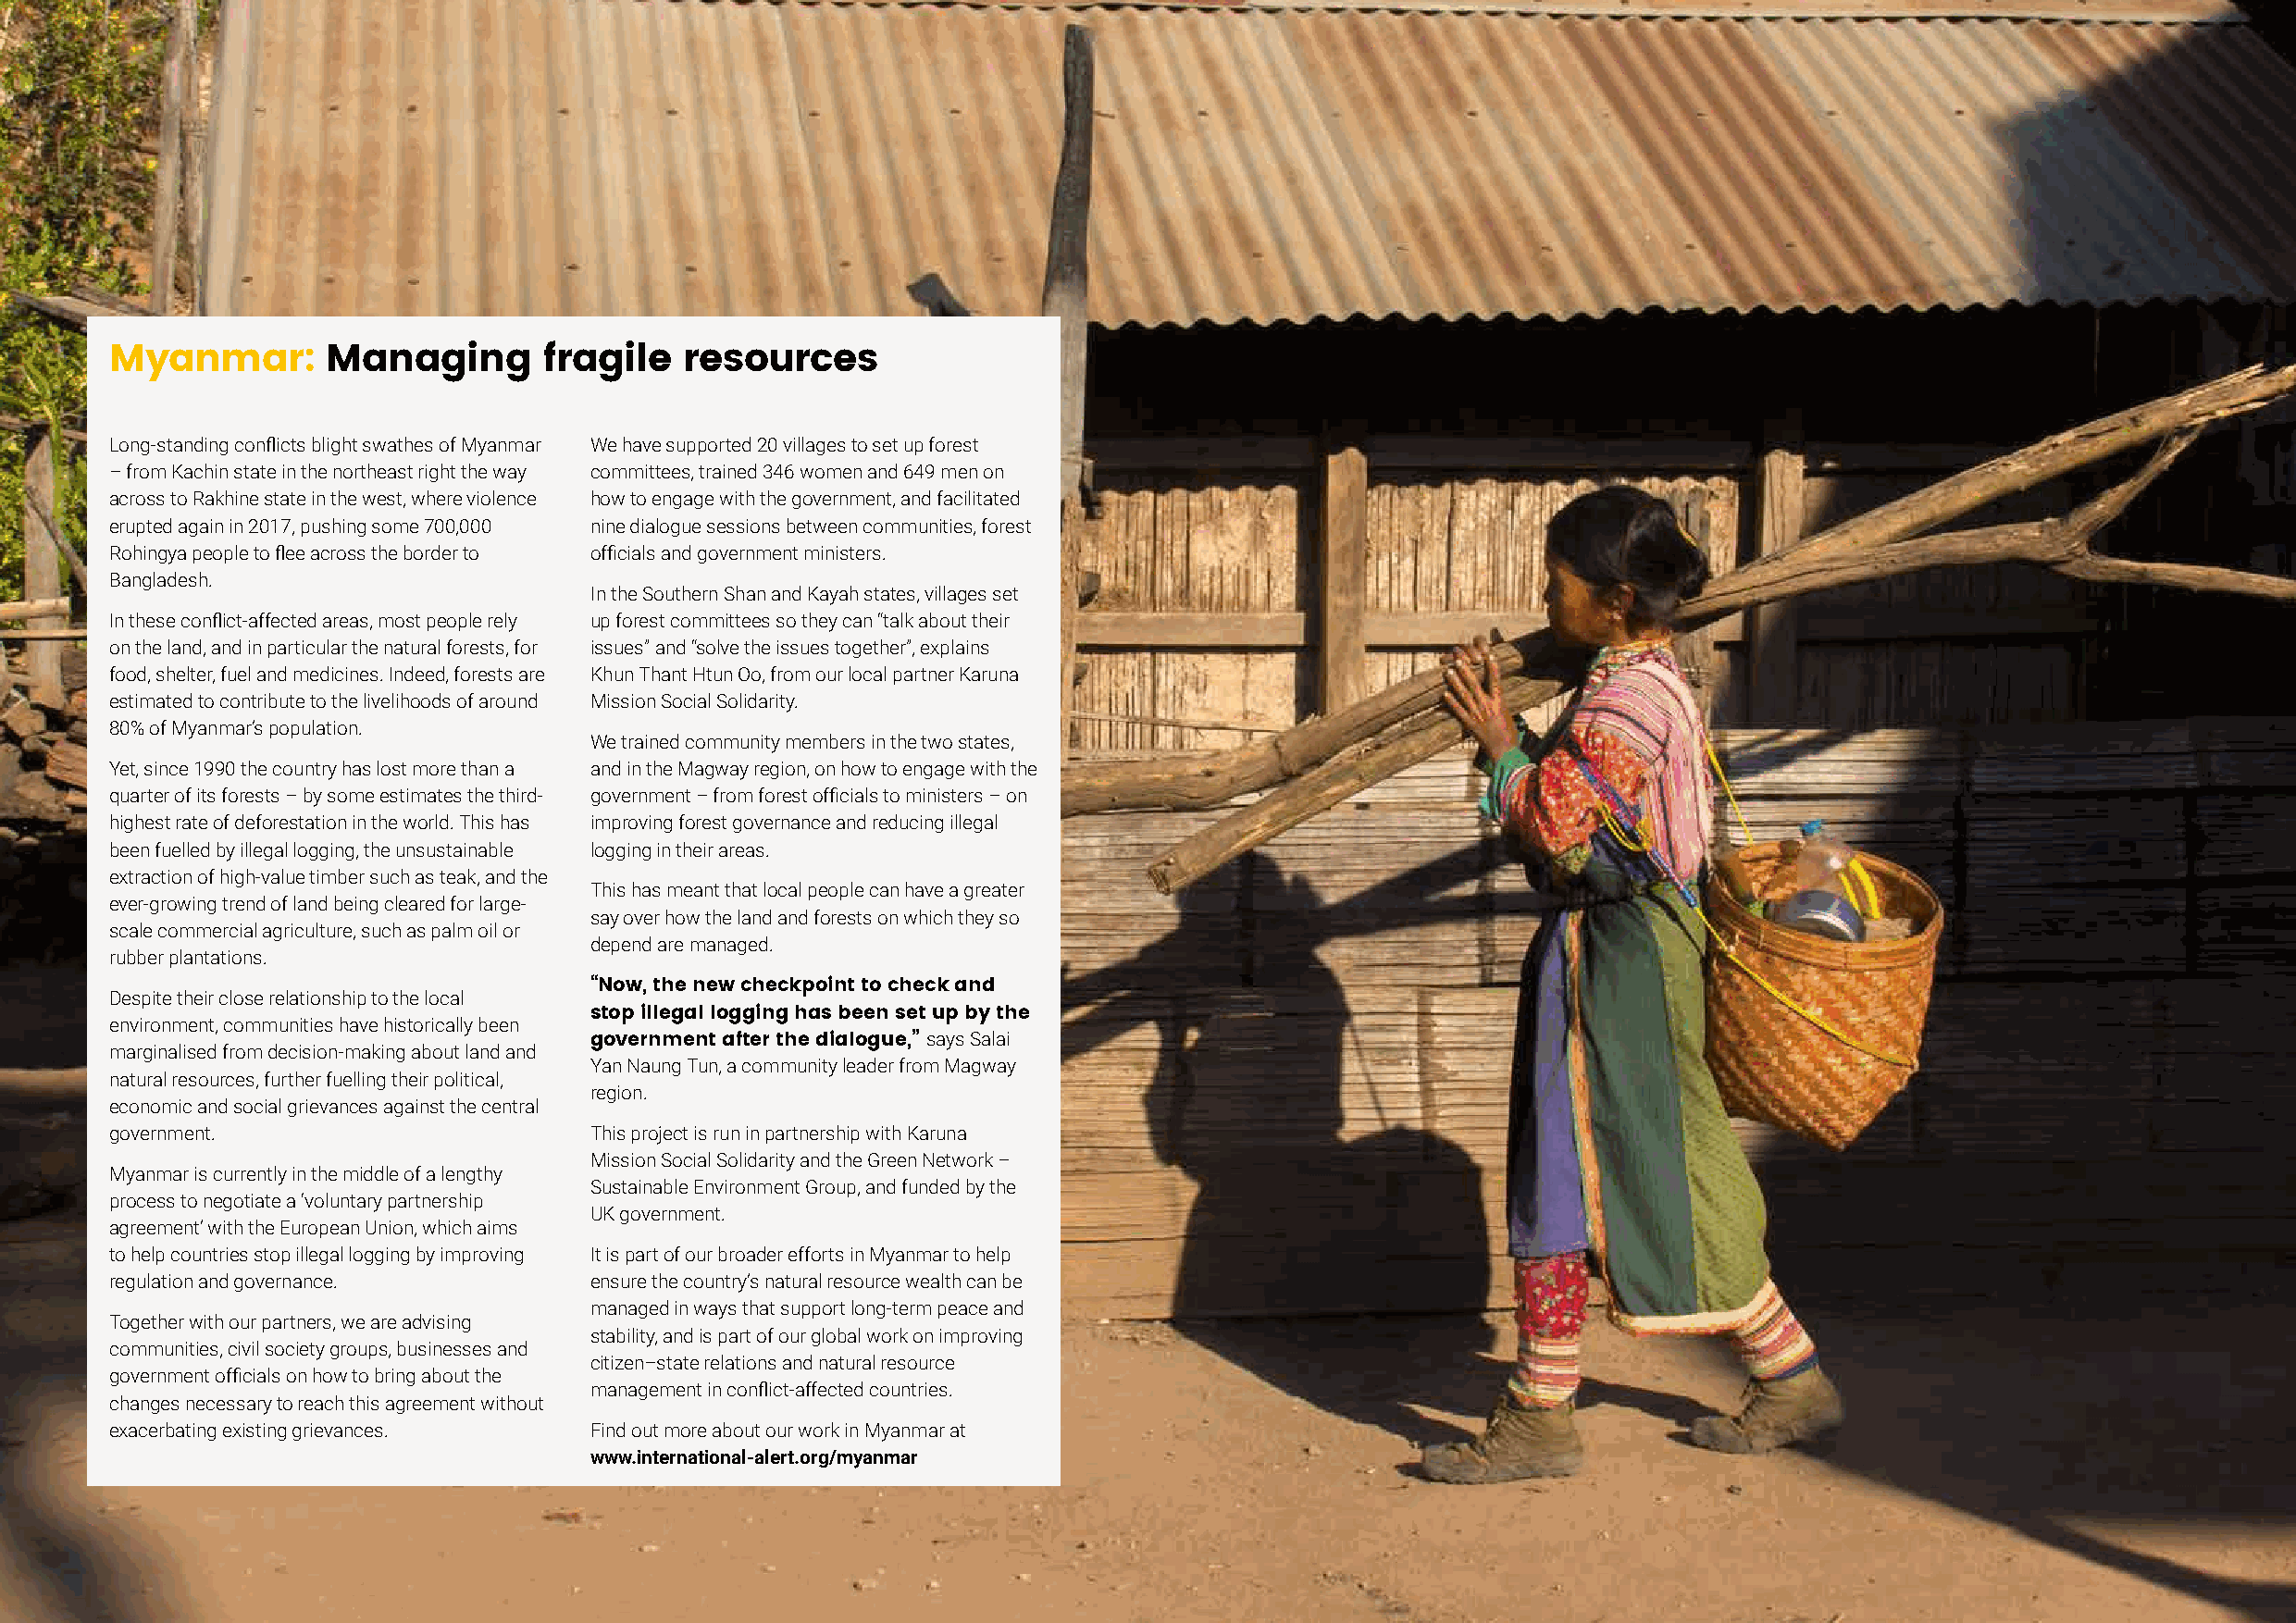
Myanmar:       Managing        fragile   resources
 Long-standing conflicts blight swathes of Myanmar We have supported 20 villages to set up forest
 – from Kachin state in the northeast right the way committees, trained 346 women and 649 men on
 across to Rakhine state in the west, where violence how to engage with the government, and facilitated
 erupted again in 2017, pushing some 700,000 nine dialogue sessions between communities, forest
 Rohingya people to flee across the border to officials and government ministers.
 Bangladesh.
 In the Southern Shan and Kayah states, villages set
 In these conflict-affected areas, most people rely up forest committees so they can “talk about their
 on the land, and in particular the natural forests, for issues” and “solve the issues together”, explains
 food, shelter, fuel and medicines. Indeed, forests are Khun Thant Htun Oo, from our local partner Karuna
 estimated to contribute to the livelihoods of around Mission Social Solidarity.
 80% of Myanmar’s population.
 We trained community members in the two states,
 Yet, since 1990 the country has lost more than a and in the Magway region, on how to engage with the
 quarter of its forests – by some estimates the third- government – from forest officials to ministers – on
 highest rate of deforestation in the world. This has improving forest governance and reducing illegal
 been fuelled by illegal logging, the unsustainable logging in their areas.
 extraction of high-value timber such as teak, and the
 This has meant that local people can have a greater
 ever-growing trend of land being cleared for large-
 say over how the land and forests on which they so
 scale commercial agriculture, such as palm oil or
 depend are managed.
 rubber plantations.
 “Now, the new checkpoint to check and
 Despite their close relationship to the local
 stop illegal logging has been set up by the
 environment, communities have historically been
 government after the dialogue,” says Salai
 marginalised from decision-making about land and
 Yan Naung Tun, a community leader from Magway
 natural resources, further fuelling their political,
 region.
 economic and social grievances against the central
 government.                       This project is run in partnership with Karuna
 Mission Social Solidarity and the Green Network –
 Myanmar is currently in the middle of a lengthy
 Sustainable Environment Group, and funded by the
 process to negotiate a ‘voluntary partnership
 UK government.
 agreement’ with the European Union, which aims
 to help countries stop illegal logging by improving It is part of our broader efforts in Myanmar to help
 regulation and governance.        ensure the country’s natural resource wealth can be
 managed in ways that support long-term peace and
 Together with our partners, we are advising
 stability, and is part of our global work on improving
 communities, civil society groups, businesses and
 citizen–state relations and natural resource
 government officials on how to bring about the
 management in conflict-affected countries.
 changes necessary to reach this agreement without
 exacerbating existing grievances. Find out more about our work in Myanmar at
 www.international-alert.org/myanmar